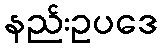
နည်းဥပဒေ